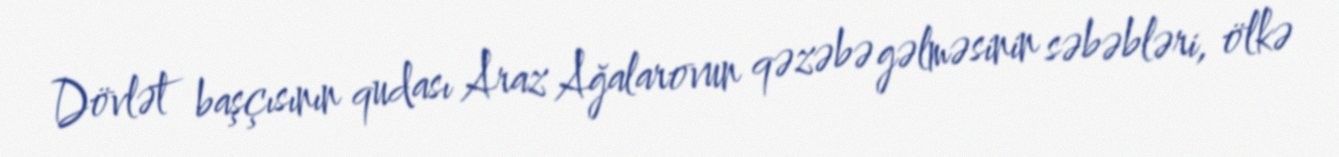
Dövlət başçısının qudası Araz Ağalarovun qəzəbə gəlməsinin səbəbləri, ölkə